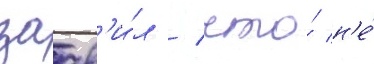
заав'и́л / что́ н'е́